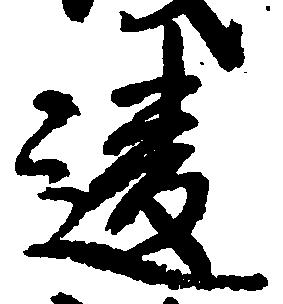
違